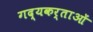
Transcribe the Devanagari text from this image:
गद्यकर्ताओं